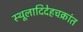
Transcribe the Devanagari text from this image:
स्थूलादिदेहचक्रांत